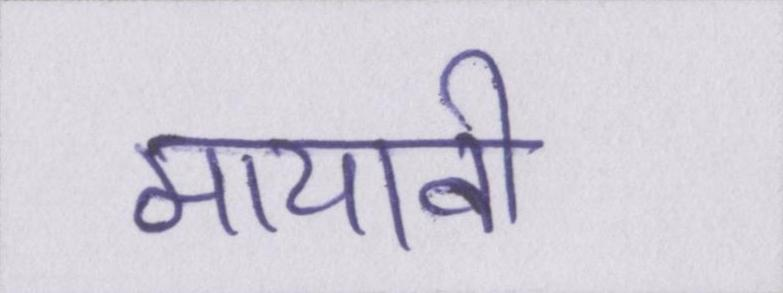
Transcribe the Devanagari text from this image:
मायावी